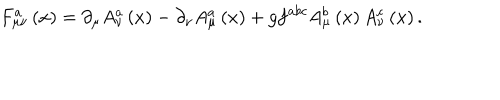
F _ { \mu \nu } ^ { a } \left( x \right) = \partial _ { \mu } A _ { \nu } ^ { a } \left( x \right) - \partial _ { \nu } A _ { \mu } ^ { a } \left( x \right) + g f ^ { a b c } A _ { \mu } ^ { b } \left( x \right) A _ { \nu } ^ { c } \left( x \right) .